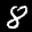
Label: 8